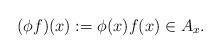
LaTeX: \begin{align*}(\phi f)(x):=\phi(x)f(x) \in A_{x}.\end{align*}